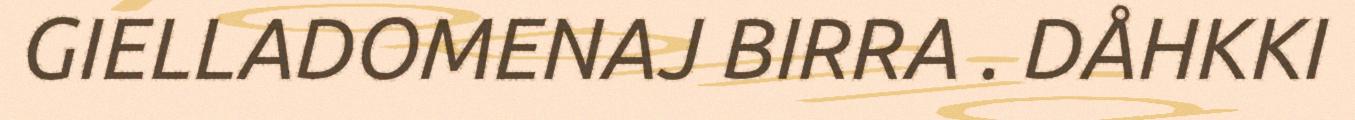
GIELLADOMENAJ BIRRA . DÅHKKI